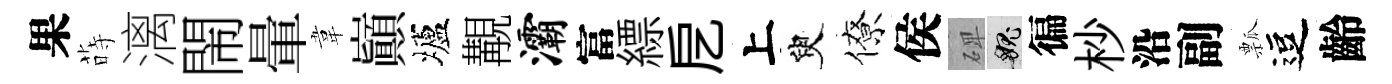
果蒔漓閙暈韋巔壚覯灞富縹戹上臾僚侯𥓓愧徧杪沿副瓢逗齡